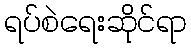
ရပ်စဲရေးဆိုင်ရာ